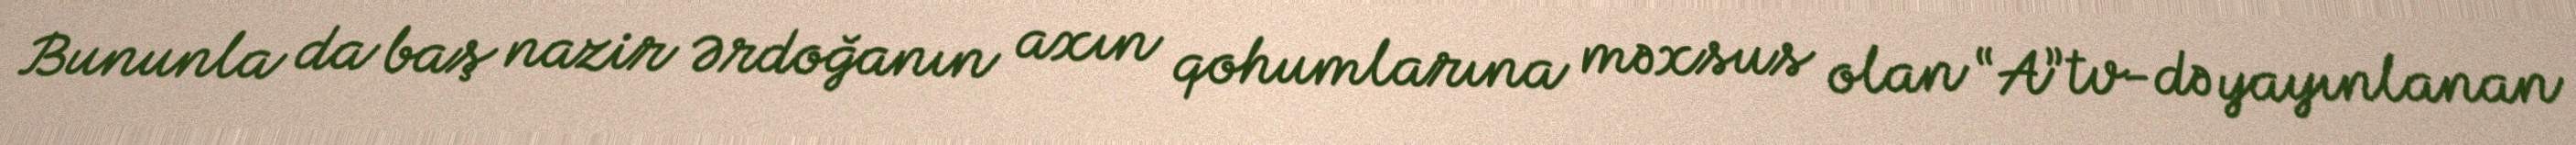
Bununla da baş nazir Ərdoğanın axın qohumlarına məxsus olan “A”tv-də yayınlanan